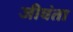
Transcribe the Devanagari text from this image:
जीवंता